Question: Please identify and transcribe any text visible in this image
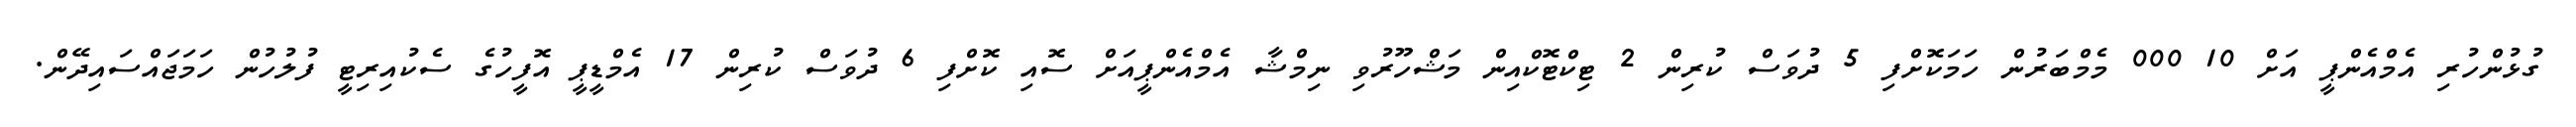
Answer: ގުޅުންހުރި އެމްއެންޕީ އަށް 10 000 މެމްބަރުން ހަމަކޮށްފި 5 ދުވަސް ކުރިން 2 ޓިކްޓޮކްއިން މަޝްހޫރުވި ނިމްޝާ އެމްއެންޕީއަށް ސޮއި ކޮށްފި 6 ދުވަސް ކުރިން 17 އެމްޑީޕީ އޮފީހުގެ ސެކުއިރިޓީ ފުލުހުން ހަމަޖައްސައިދޭން.